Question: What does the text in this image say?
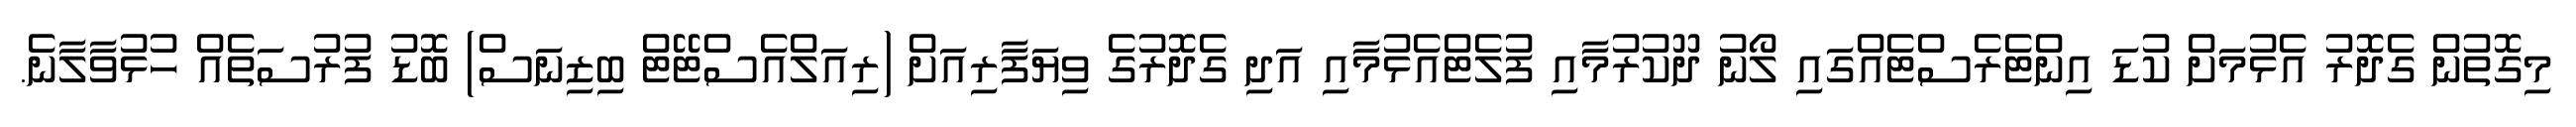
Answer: މިގޮތުން ގެދޮރު އެޅުމަށް ކުޑަ އިންޓެރެސްޓެއްގައި ލޯނު ދޫކުރުމާއި ފުލެޓްއެޅުމާއި އަދި ގެދޮރުގެ ވިޔަފާރިއަށް (ރިއަލްއެސްޓޭޓް ބިޒިނަސް) ބޮޑު ފުރުސަތެއް ހުޅުވާލާނެ.